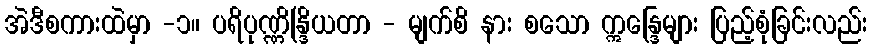
အဲဒီစကားထဲမှာ -၁။ ပရိပုဏ္ဏိန္ဒြိယတာ - မျက်စိ နား စသော ဣန္ဒြေများ ပြည့်စုံခြင်းလည်း